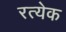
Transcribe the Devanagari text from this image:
रत्येक